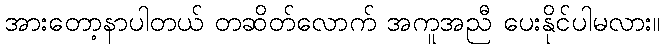
အားတော့နာပါတယ် တဆိတ်လောက် အကူအညီ ပေးနိုင်ပါမလား။